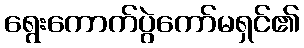
ရွေးကောက်ပွဲကော်မရှင်၏